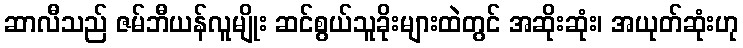
ဆာလီသည် ဇမ်ဘီယန်လူမျိုး ဆင်စွယ်သူခိုးများထဲတွင် အဆိုးဆုံး၊ အယုတ်ဆုံးဟု